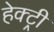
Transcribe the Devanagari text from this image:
हेक्ट्री